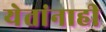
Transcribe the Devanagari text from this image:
येतांनाही